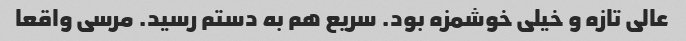
عالی تازه و خیلی خوشمزه بود. سریع هم به دستم رسید. مرسی واقعا